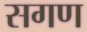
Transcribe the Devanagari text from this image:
सगण